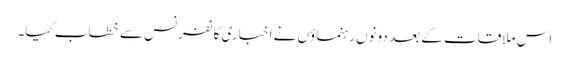
اس ملاقات کے بعد دونوں رہنماؤں نے اخباری کانفرنس سے خطاب کیا۔